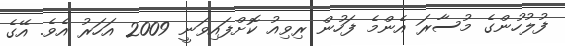
ފުލުހުންގެ މުސާރަ އެންމެ ފަހުން ރިވިއު ކޮށްފައިވަނީ 2009 އަހަރު އެވެ. އޭގެ